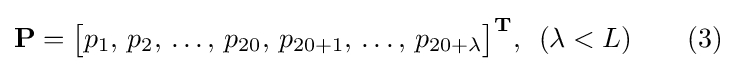
\mathbf {P} ={\begin{bmatrix}p_{1},\,p_{2},\,\ldots ,\,p_{20},\,p_{20+1},\,\ldots ,\,p_{20+\lambda }\end{bmatrix}}^{\mathbf {T} },\,\,\,(\lambda <L)\qquad {\text{(3)}}